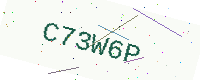
Text: C73W6P